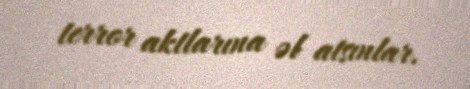
terror aktlarına əl atsınlar.